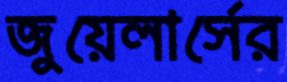
জুয়েলার্সের